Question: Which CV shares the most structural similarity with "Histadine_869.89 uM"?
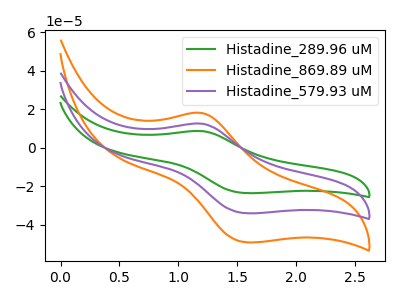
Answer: <think>The green curve "Histadine_289.96 uM" has an anodic peak at (1.20V, 8.70uA) and a cathodic peak at (1.60V, -23.60uA). The orange curve "Histadine_869.89 uM" has an anodic peak at (1.20V, 25.10uA) and a cathodic peak at (1.60V, -68.15uA). The purple curve "Histadine_579.93 uM" has an anodic peak at (1.20V, 12.55uA) and a cathodic peak at (1.60V, -34.10uA).
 All the peaks in "Histadine_289.96 uM" have a peak in "Histadine_869.89 uM" at the same potential. Every peak in "Histadine_289.96 uM" is lower than every peak in "Histadine_869.89 uM". All the peaks in "Histadine_289.96 uM" have a peak in "Histadine_579.93 uM" at the same potential. Every peak in "Histadine_289.96 uM" is lower than every peak in "Histadine_579.93 uM". All the peaks in "Histadine_869.89 uM" have a peak in "Histadine_579.93 uM" at the same potential. Every peak in "Histadine_869.89 uM" is higher than every peak in "Histadine_579.93 uM".</think>
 <answer>"Histadine_869.89 uM" and "Histadine_579.93 uM" have a similar shape to "Histadine_289.96 uM".</answer>
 <eval>"Histadine_869.89 uM" "Histadine_579.93 uM"</eval>